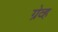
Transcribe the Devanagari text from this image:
ग्रेव्ह